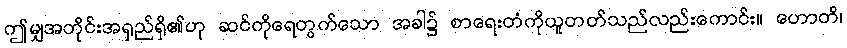
ဤမျှအတိုင်းအရှည်ရှိ၏ဟု ဆင်ကိုရေတွက်သော အခါ၌ စာရေးတံကိုယူတတ်သည်လည်းကောင်း။ ဟောတိ၊